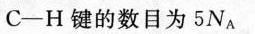
C—H键的数目为5N_{A}